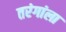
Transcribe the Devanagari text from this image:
तरंगांला